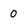
Character: 0